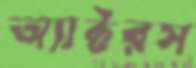
অ্যাক্টরস